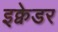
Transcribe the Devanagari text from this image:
इक्वेडर